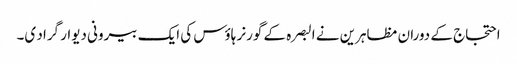
احتجاج کے دوران مظاہرین نے البصرہ کے گورنر ہاؤس کی ایک بیرونی دیوار گراد ی۔